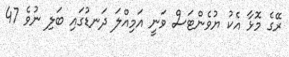
ރޭގެ މޮޅާ އެކު ޔުވެންޓަސް ވަނީ އަމިއްލަ ދަނޑުގައި ބަލި ނުވެ 47